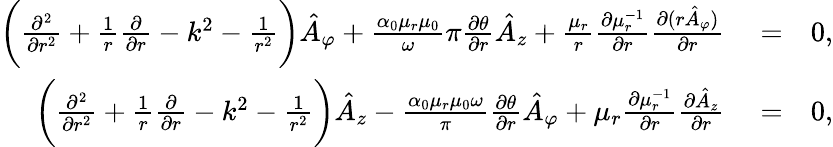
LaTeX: \begin{array}{rlr}{\bigg(\frac{\partial^{2}}{\partial r^{2}}+\frac{1}{r}\frac{\partial}{\partial r}-k^{2}-\frac{1}{r^{2}}\bigg)\hat{A}_{\varphi}+\frac{\alpha_{0}\mu_{r}\mu_{0}}\omega{\pi}\frac{\partial\theta}{\partial r}\hat{A}_{z}+\frac{\mu_{r}}{r}\frac{\partial\mu_{r}^{-1}}{\partial r}\frac{\partial(r\hat{A}_{\varphi})}{\partial r}}&{{}=}&{0,}\\ {\bigg(\frac{\partial^{2}}{\partial r^{2}}+\frac{1}{r}\frac{\partial}{\partial r}-k^{2}-\frac{1}{r^{2}}\bigg)\hat{A}_{z}-\frac{\alpha_{0}\mu_{r}\mu_{0}\omega}{\pi}\frac{\partial\theta}{\partial r}\hat{A}_{\varphi}+\mu_{r}\frac{\partial\mu_{r}^{-1}}{\partial r}\frac{\partial\hat{A}_{z}}{\partial r}}&{{}=}&{0,}\end{array}